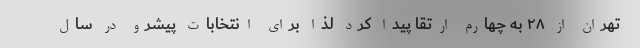
تهران از ۲۸ به چهارم ارتقا پیدا کرد لذا برای انتخابات پیشرو در سال